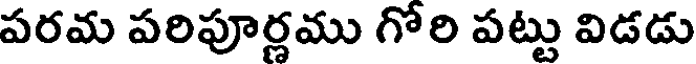
పరమ పరిపూర్ణము గోరి పట్టు విడడు